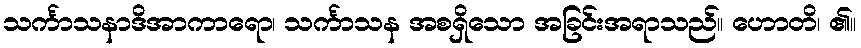
သင်္ကာသနာဒိအာကာရော၊ သင်္ကာသန အစရှိသော အခြင်းအရာသည်။ ဟောတိ၊ ၏။